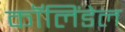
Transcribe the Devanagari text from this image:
कॉलिंडेल